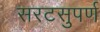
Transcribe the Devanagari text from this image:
सरटसुपर्ण